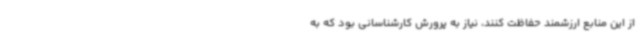
از این منابع ارزشمند حفاظت کنند، نیاز به پرورش کارشناسانی بود که به